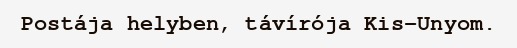
Postája helyben, távírója Kis-Unyom.